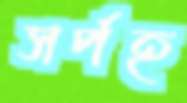
সর্পহ